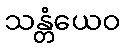
သန္တံယေဝ